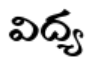
విద్య